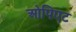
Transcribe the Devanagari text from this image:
ओपिएट